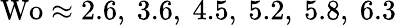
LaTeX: \textrm{Wo}\approx 2.6,\ 3.6,\ 4.5,\ 5.2,\ 5.8,\ 6.3